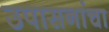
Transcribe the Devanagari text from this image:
उपासनांचा